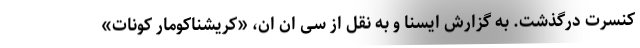
کنسرت درگذشت. به گزارش ایسنا و به نقل از سی ان ان، «کریشناکومار کونات»